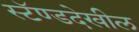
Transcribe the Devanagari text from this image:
स्टॅण्डदेखील